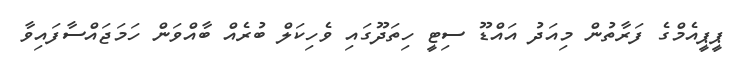
ޕީޕީއެމްގެ ފަރާތުން މިއަދު އައްޑޫ ސިޓީ ހިތަދޫގައި ވެހިކަލް ބުރެއް ބާއްވަން ހަމަޖައްސާފައިވާ